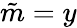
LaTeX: \tilde{m}=y